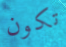
تكون